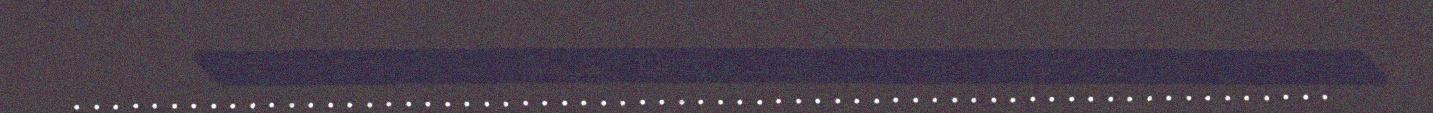
.................................................................